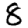
Digit: 8